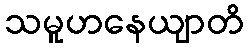
သမူဟနေယျာတိ